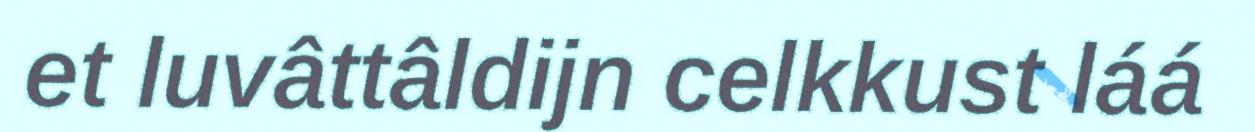
et luvâttâldijn celkkust láá